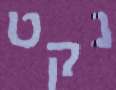
נקט